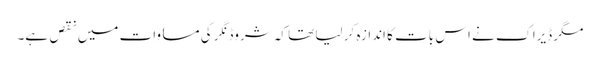
مگر ڈیراک نے اس بات کا اندازہ کر لیا تھا کہ شروڈنگر کی مساوات میں نقص ہے۔